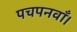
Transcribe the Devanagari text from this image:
पचपनवाँ।